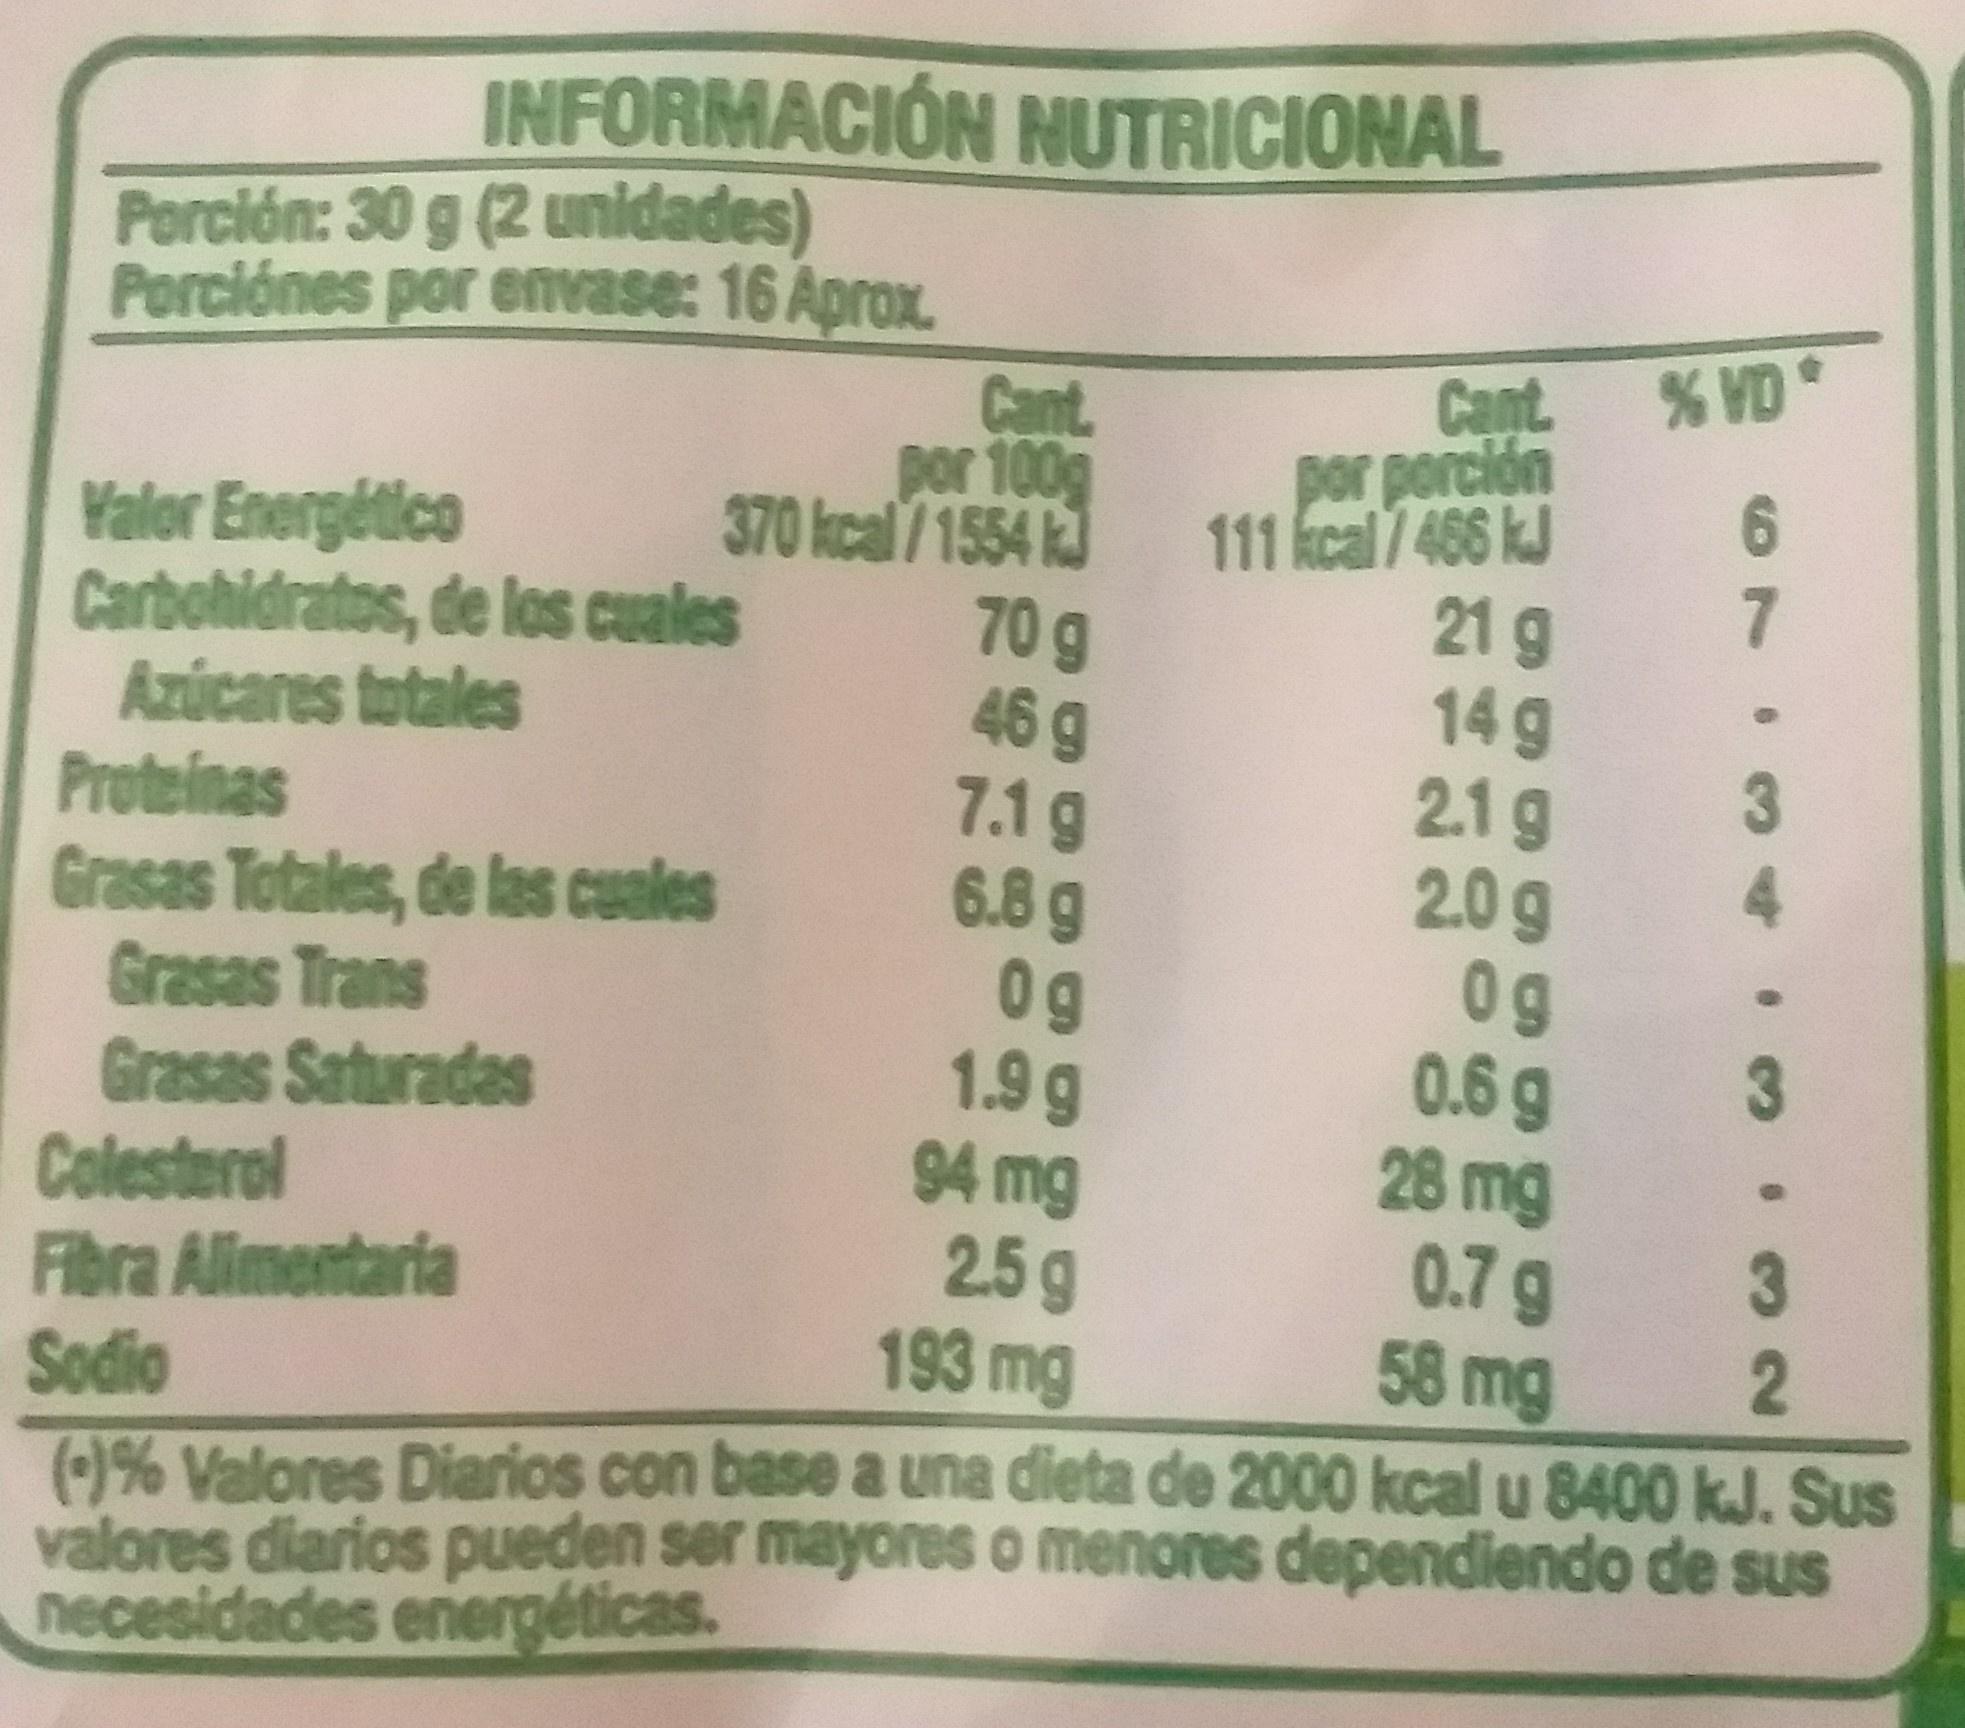
INFORMACIÓN NUTRICIONAL
Porción: 30 g (2 unidades)
Valor Energético Carbohidratos, de los cuales Azúcares totales Proteinas Grasas Totales, de los cuales Grasas Trans Grasas Saturadas Colesterol Fibra Alimentaria Sodio (-)% Valores Diarios con base a una dieta de 2000 kcal u 8400 kJ. Sus valores diarios pueden ser mayores o menores dependiendo de sus necesidades energéticas.
Porciónes por envase: 16 Aprox. Cant. por 100g 370 kcal/1554 k 70g 46 g 7.1 g 6.8 g 0g 1.9 g 94 mg 2.5g 193 mg
Cant % VD por porción 111 kcal/ 466 kJ 21 g 14 g 2.1 g 2.0g 0g 0.6g 28 mg 0.7g 58 mg
4799 4. .3